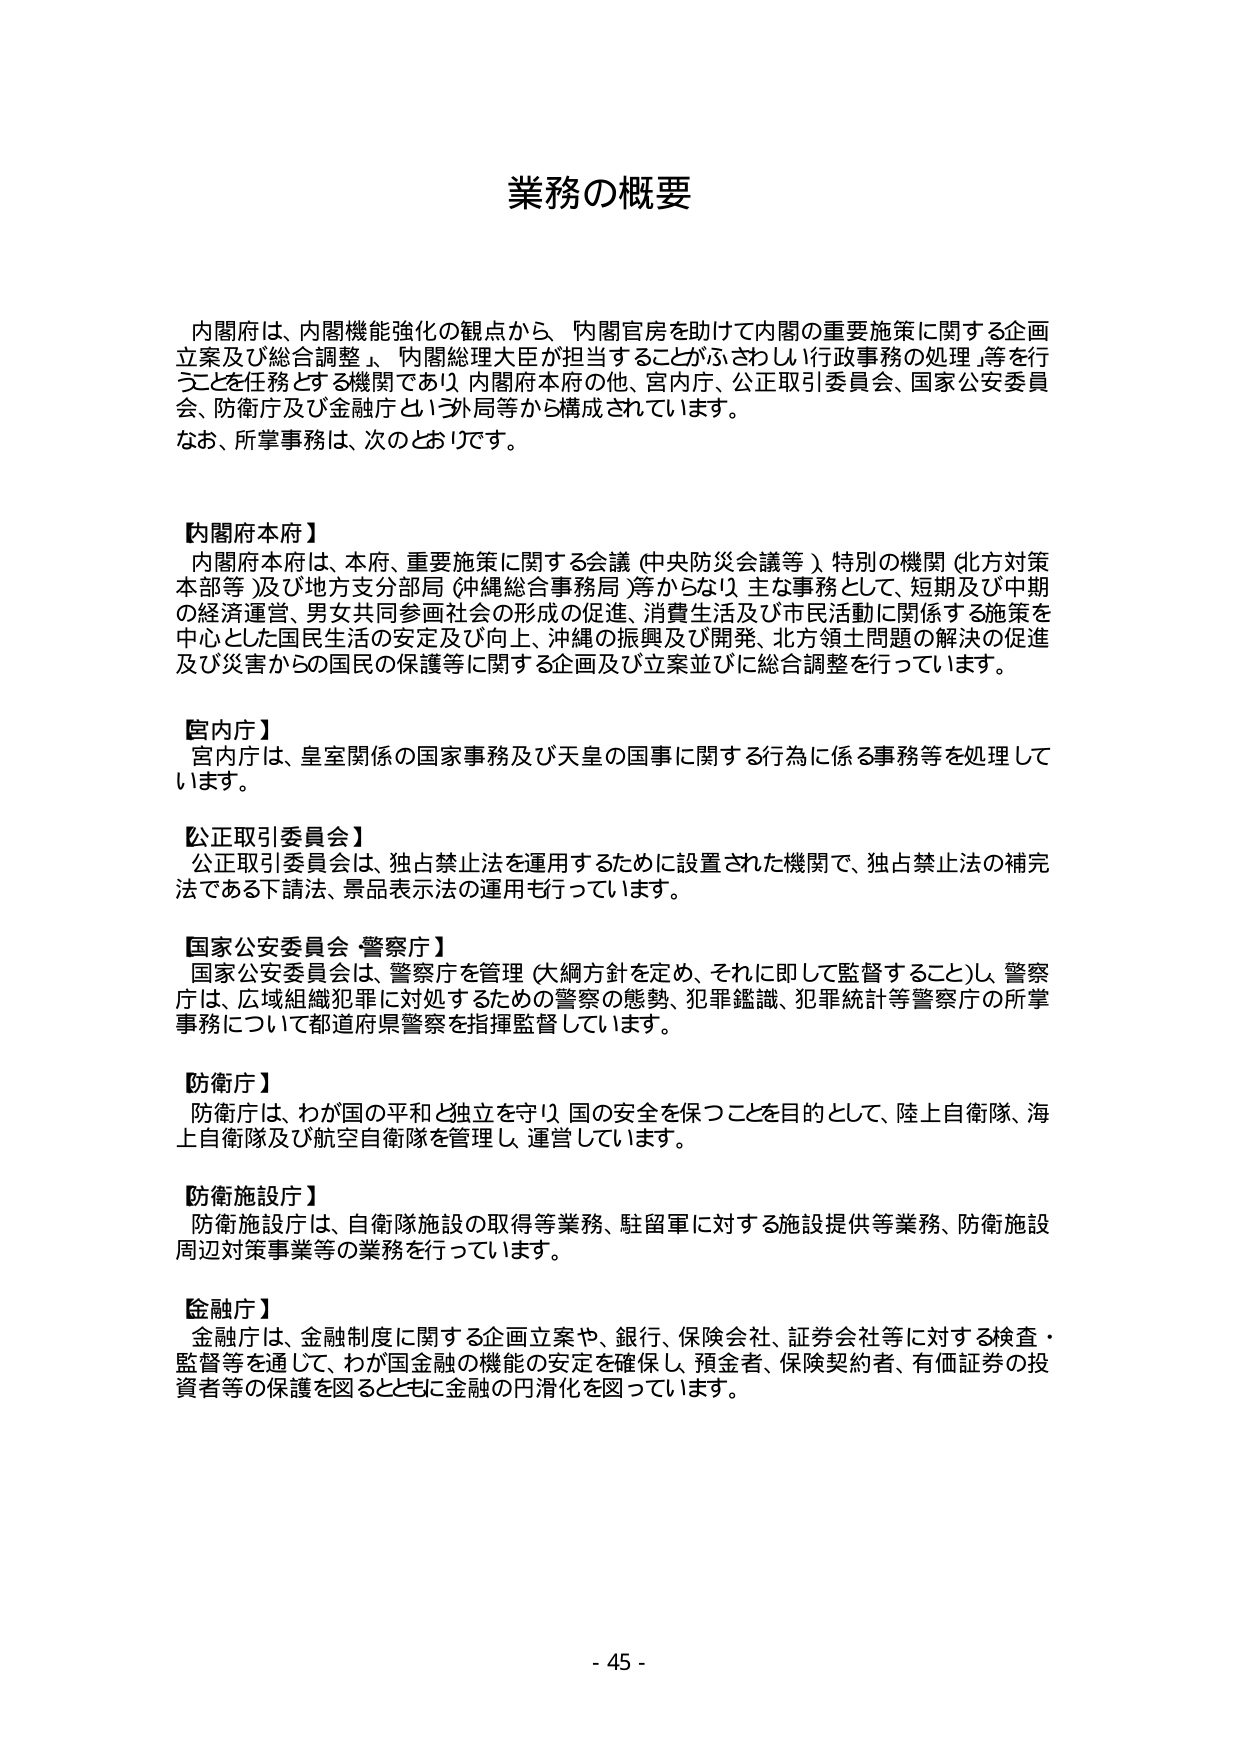
業務の概要

内閣府は、内閣機能強化の観点から、「内閣官房を助けて内閣の重要施策に関する企画立案及び総合調整」、「内閣総理大臣が担当することがふさわしい行政事務の処理」等を行うことを任務とする機関であり、内閣府本府の他、宮内庁、公正取引委員会、国家公安委員会、防衛庁及び金融庁という外局等から構成されています。
なお、所掌事務は、次のとおりです。

【内閣府本府】
内閣府本府は、本府、重要施策に関する会議（中央防災会議等）、特別の機関（北方対策本部等）及び地方支分部局（沖縄総合事務局）等からなり、主な事務として、短期及び中期の経済運営、男女共同参画社会の形成の促進、消費生活及び市民活動に関係する施策を中心とした国民生活の安定及び向上、沖縄の振興及び開発、北方領土問題の解決の促進及び災害からの国民の保護等に関する企画及び立案並びに総合調整を行っています。

【宮内庁】
宮内庁は、皇室関係の国家事務及び天皇の国事に関する行為に係る事務等を処理しています。

【公正取引委員会】
公正取引委員会は、独占禁止法を運用するために設置された機関で、独占禁止法の補完法である下請法、景品表示法の運用も行っています。

【国家公安委員会・警察庁】
国家公安委員会は、警察庁を管理（大綱方針を定め、それに即して監督すること）し、警察庁は、広域組織犯罪に対処するための警察の態勢、犯罪鑑識、犯罪統計等警察庁の所掌事務について都道府県警察を指揮監督しています。

【防衛庁】
防衛庁は、わが国の平和と独立を守り、国の安全を保つことを目的として、陸上自衛隊、海上自衛隊及び航空自衛隊を管理し、運営しています。

【防衛施設庁】
防衛施設庁は、自衛隊施設の取得等業務、駐留軍に対する施設提供等業務、防衛施設周辺対策事業等の業務を行っています。

【金融庁】
金融庁は、金融制度に関する企画立案や、銀行、保険会社、証券会社等に対する検査・監督等を通じて、わが国金融の機能の安定を確保し、預金者、保険契約者、有価証券の投資者等の保護を図るとともに金融の円滑化を図っています。

- 45 -